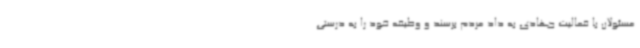
مسئولان با فعالیت جهادی به داد مردم برسند و وظیفه خود را به درستی